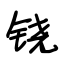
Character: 铙